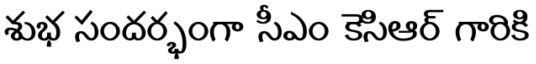
శుభ సందర్భంగా సీఎం కెసిఆర్ గారికి